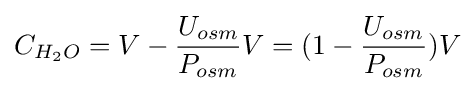
C_{H_{2}O}=V-{\frac {U_{osm}}{P_{osm}}}V=(1-{\frac {U_{osm}}{P_{osm}}})V